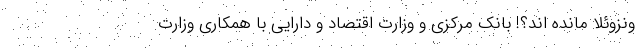
ونزوئلا مانده اند؟! بانک مرکزی و وزارت اقتصاد و دارایی با همکاری وزارت